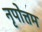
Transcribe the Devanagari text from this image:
नृपोत्तम